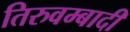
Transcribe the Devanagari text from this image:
तिरुवम्बादी